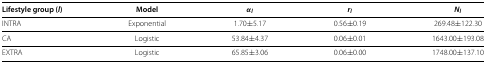
<table><thead><tr><td><b>Lifestyle group (<i>l</i>)</b></td><td><b>Model</b></td><td><b><i>α</i><sub><i>l</i></sub></b></td><td><b><i>r</i><sub><i>l</i></sub></b></td><td><b><i>N</i><sub><i>l</i></sub></b></td></tr></thead><tbody><tr><td>INTRA</td><td>Exponential</td><td>1.70±5.17</td><td>0.56±0.19</td><td>269.48±122.30</td></tr><tr><td>CA</td><td>Logistic</td><td>53.84±4.37</td><td>0.06±0.01</td><td>1643.00±193.08</td></tr><tr><td>EXTRA</td><td>Logistic</td><td>65.85±3.06</td><td>0.06±0.00</td><td>1748.00±137.10</td></tr></tbody></table>